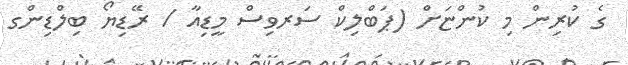
ގެ ކުރިން މި ކުންޏަށް (ޕަބްލިކް ސަރވިސް މީޑިއާ / ރޭޑިޔޯ ބިލްޑިންގ